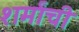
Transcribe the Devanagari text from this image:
शर्मांची